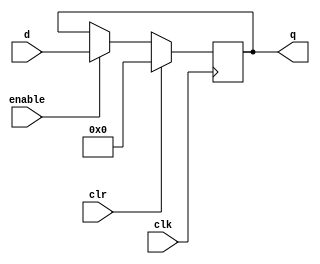
module reg_32(
		input wire clk, clr, enable,
		input wire [31:0]d,
		output reg [31:0]q
);

	initial q = 0;
	always@(posedge clk)
	begin
		if (clr) begin
			q[31:0] = 32'b0;
		end
		else if (enable) begin
			q[31:0] = d[31:0];
		end
	end
endmodule